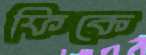
ফিকে